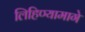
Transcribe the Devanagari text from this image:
लिहिण्यामागे